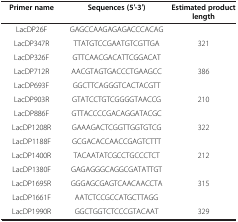
| Primer name | Sequences (5′-3′) | Estimated product length |
 | --- | --- | --- |
 | LacDP26F | GAGCCAAGAGAGACCCACAG |  |
 | LacDP347R | TTATGTCCGAATGTCGTTGA | 321 |
 | LacDP326F | GTTCAACGACATTCGGACAT |  |
 | LacDP712R | AACGTAGTGACCCTGAAGCC | 386 |
 | LacDP693F | GGCTTCAGGGTCACTACGTT |  |
 | LacDP903R | GTATCCTGTCGGGGTAACCG | 210 |
 | LacDP886F | GTTACCCCGACAGGATACGC |  |
 | LacDP1208R | GAAAGACTCGGTTGGTGTCG | 322 |
 | LacDP1188F | GCGACACCAACCGAGTCTTT |  |
 | LacDP1400R | TACAATATCGCCTGCCCTCT | 212 |
 | LacDP1380F | GAGAGGGCAGGCGATATTGT |  |
 | LacDP1695R | GGGAGCGAGTCAACAACCTA | 315 |
 | LacDP1661F | AATCTCCGCCATGCTTAGG |  |
 | LacDP1990R | GGCTGGTCTCCCGTACAAT | 329 |